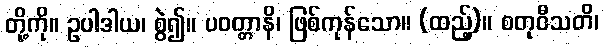
တို့ကို။ ဥပါဒါယ၊ စွဲ၍။ ပဝတ္တာနိ၊ ဖြစ်ကုန်သော။ (ထည့်)။ စတုဝီသတိ၊